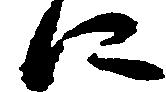
に